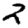
Digit: 2